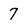
Character: 7